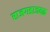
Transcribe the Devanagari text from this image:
राजगडाजवळ